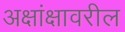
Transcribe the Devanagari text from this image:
अक्षांक्षावरील